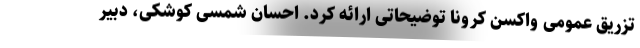
تزریق عمومی واکسن کرونا توضیحاتی ارائه کرد. احسان شمسی کوشکی، دبیر